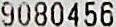
9080456